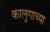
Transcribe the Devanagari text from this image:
कालुगाच्या